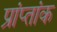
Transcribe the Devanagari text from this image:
प्रांप्तांक